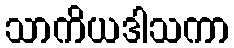
သာကိယဒါသကာ